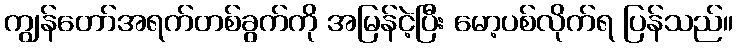
ကျွန်တော်အရက်တစ်ခွက်ကို အမြန်ငဲ့ပြီး မော့ပစ်လိုက်ရ ပြန်သည်။